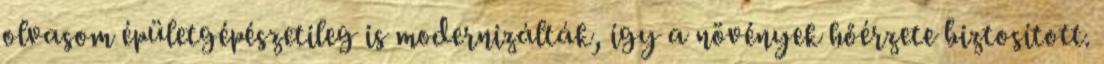
olvasom épületgépészetileg is modernizálták, így a növények hőérzete biztosított.